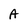
Character: A